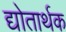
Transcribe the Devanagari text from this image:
द्योतार्थक